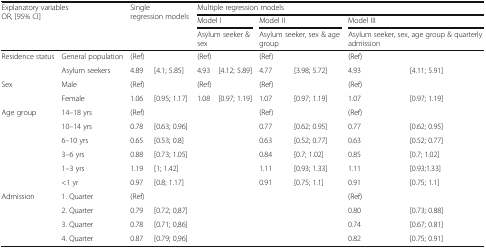
<table><thead><tr><td rowspan="3" colspan="2"><b>Explanatory variablesOR, [95% CI]</b></td><td rowspan="3" colspan="2"><b>Single regression models</b></td><td colspan="6"><b>Multiple regression models</b></td></tr><tr><td colspan="2"><b>Model I</b></td><td colspan="2"><b>Model II</b></td><td colspan="2"><b>Model III</b></td></tr><tr><td colspan="2"><b>Asylum seeker &amp; sex</b></td><td colspan="2"><b>Asylum seeker, sex &amp; age group</b></td><td colspan="2"><b>Asylum seeker, sex, age group &amp; quarterly admission</b></td></tr></thead><tbody><tr><td rowspan="2">Residence status</td><td>General population</td><td>(Ref)</td><td></td><td>(Ref)</td><td></td><td>(Ref)</td><td></td><td>(Ref)</td><td></td></tr><tr><td>Asylum seekers</td><td>4.89</td><td>[4.1; 5.85]</td><td>4.93</td><td>[4.12; 5.89]</td><td>4.77</td><td>[3.98; 5.72]</td><td>4.93</td><td>[4.11; 5.91]</td></tr><tr><td rowspan="2">Sex</td><td>Male</td><td>(Ref)</td><td></td><td>(Ref)</td><td></td><td>(Ref)</td><td></td><td>(Ref)</td><td></td></tr><tr><td>Female</td><td>1.06</td><td>[0.95; 1.17]</td><td>1.08</td><td>[0.97; 1.19]</td><td>1.07</td><td>[0.97; 1.19]</td><td>1.07</td><td>[0.97; 1.19]</td></tr><tr><td rowspan="6">Age group</td><td>14–18 yrs</td><td>(Ref)</td><td></td><td></td><td></td><td>(Ref)</td><td></td><td>(Ref)</td><td></td></tr><tr><td>10–14 yrs</td><td>0.78</td><td>[0.63; 0.96]</td><td></td><td></td><td>0.77</td><td>[0.62; 0.95]</td><td>0.77</td><td>[0.62; 0.95]</td></tr><tr><td>6–10 yrs</td><td>0.65</td><td>[0.53; 0.8]</td><td></td><td></td><td>0.63</td><td>[0.52; 0.77]</td><td>0.63</td><td>[0.52; 0.77]</td></tr><tr><td>3–6 yrs</td><td>0.88</td><td>[0.73; 1.05]</td><td></td><td></td><td>0.84</td><td>[0.7; 1.02]</td><td>0.85</td><td>[0.7; 1.02]</td></tr><tr><td>1–3 yrs</td><td>1.19</td><td>[1; 1.42]</td><td></td><td></td><td>1.11</td><td>[0.93; 1.33]</td><td>1.11</td><td>[0.93;1.33]</td></tr><tr><td>&lt;1 yr</td><td>0.97</td><td>[0.8; 1.17]</td><td></td><td></td><td>0.91</td><td>[0.75; 1.1]</td><td>0.91</td><td>[0.75; 1.1]</td></tr><tr><td rowspan="4">Admission</td><td>1. Quarter</td><td>(Ref)</td><td></td><td></td><td></td><td></td><td></td><td>(Ref)</td><td></td></tr><tr><td>2. Quarter</td><td>0.79</td><td>[0.72; 0,87]</td><td></td><td></td><td></td><td></td><td>0.80</td><td>[0.73; 0.88]</td></tr><tr><td>3. Quarter</td><td>0.78</td><td>[0.71; 0,86]</td><td></td><td></td><td></td><td></td><td>0.74</td><td>[0.67; 0.81]</td></tr><tr><td>4. Quarter</td><td>0.87</td><td>[0.79; 0,96]</td><td></td><td></td><td></td><td></td><td>0.82</td><td>[0.75; 0.91]</td></tr></tbody></table>